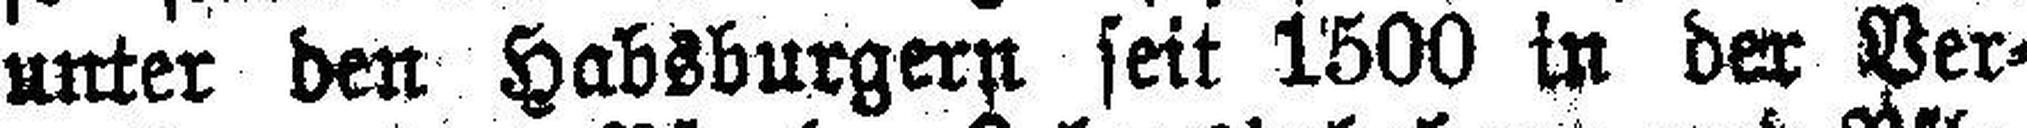
unter den Habsburgern seit 1500 in der Ver¬